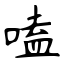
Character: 嗑